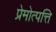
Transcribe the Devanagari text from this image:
प्रेमोत्पत्ति